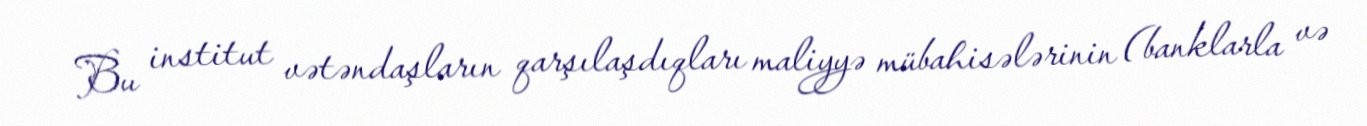
Bu institut vətəndaşların qarşılaşdıqları maliyyə mübahisələrinin (banklarla və